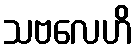
သဗလေဟိ